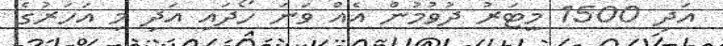
އަދި 1500 މީޓަރު ދުވުމުން އެއް ވަނަ ހޯދައި އަދި މި އަހަރުގެ